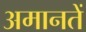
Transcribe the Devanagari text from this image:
अमानतें